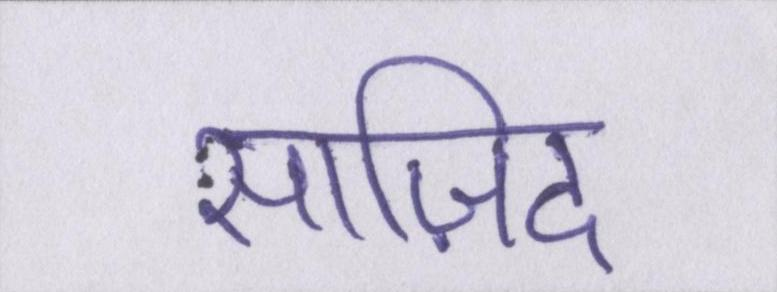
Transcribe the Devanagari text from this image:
साज़िद